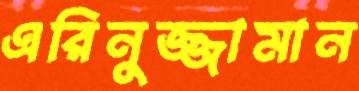
এরিনুজ্জামান